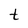
Character: t